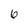
Character: 6